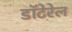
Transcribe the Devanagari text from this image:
डॉटेरेल